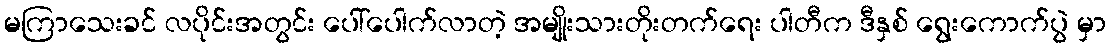
မကြာသေးခင် လပိုင်းအတွင်း ပေါ်ပေါက်လာတဲ့ အမျိုးသားတိုးတက်ရေး ပါတီက ဒီနှစ် ရွေးကောက်ပွဲ မှာ